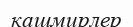
кашмирлер